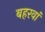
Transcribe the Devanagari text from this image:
बहरवां